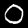
Label: 0